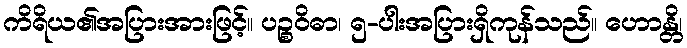
ကိရိယ၏အပြားအားဖြင့်။ ပဉ္စဝိဓာ၊ ၅-ပါးအပြားရှိကုန်သည်။ ဟောန္တိ၊